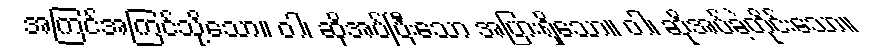
အကြင်အကြင်သို့သော။ ဝါ၊ ဆိုအပ်ပြီးသော အပြားရှိသော။ ဝါ၊ ဆိုအပ်ခဲ့တိုင်းသော။